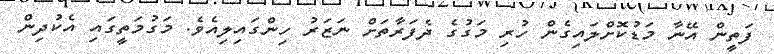
ފަތީން އޭނާ މަޑުކޮށްލައިގެން ހުރި މަގުގެ ދެފަރާތަށް ނަޒަރު ހިންގައިލިއެވެ. މަގުމަތީގައި އެކުދިން